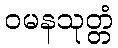
ဝမနသုတ္တံ